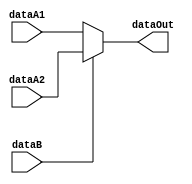
`timescale 1ns/1ns

module MUX_2to1( dataA2, dataA1, dataB, dataOut );

	input dataA1, dataA2, dataB;

	output dataOut;

      // if dataB = 1 => need to shift right 
	assign dataOut = ( dataB == 1'b1 ) ? dataA2 : dataA1;

endmodule